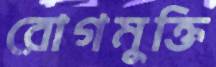
রোগমুক্তি